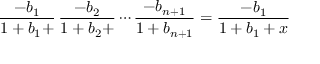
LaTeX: { \frac { - b _ { 1 } } { 1 + b _ { 1 } + } } \, { \frac { - b _ { 2 } } { 1 + b _ { 2 } + } } \cdots { \frac { - b _ { n + 1 } } { 1 + b _ { n + 1 } } } = { \frac { - b _ { 1 } } { 1 + b _ { 1 } + x } }